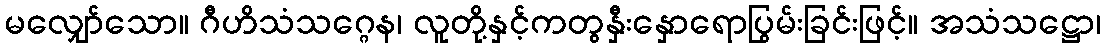
မလျှော်သော။ ဂီဟိသံသဂ္ဂေန၊ လူတို့နှင့်ကတွနှီးနှောရောပြွမ်းခြင်းဖြင့်။ အသံသဋ္ဌော၊